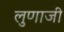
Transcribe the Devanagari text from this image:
लुणाजी